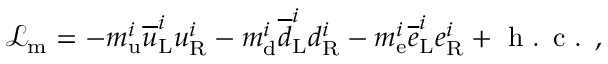
{ \mathcal { L } } _ { \mathrm { m } } = - m _ { \mathrm { u } } ^ { i } { \overline { { u } } } _ { \mathrm { L } } ^ { i } u _ { \mathrm { R } } ^ { i } - m _ { \mathrm { d } } ^ { i } { \overline { { d } } } _ { \mathrm { L } } ^ { i } d _ { \mathrm { R } } ^ { i } - m _ { \mathrm { e } } ^ { i } { \overline { { e } } } _ { \mathrm { L } } ^ { i } e _ { \mathrm { R } } ^ { i } + { \textrm { h . c . } } ,